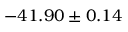
- 4 1 . 9 0 \pm 0 . 1 4